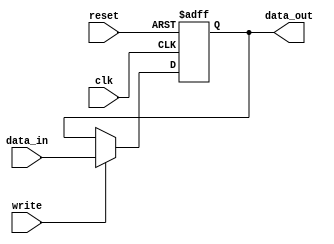
module dbg_register (
                      data_in, 
                      data_out, 
                      write, 
                      clk, 
                      reset
                    );


parameter WIDTH = 8; // default parameter of the register width
parameter RESET_VALUE = 0;


input   [WIDTH-1:0] data_in;
input               write;
input               clk;
input               reset;

output  [WIDTH-1:0] data_out;
reg     [WIDTH-1:0] data_out;



always @ (posedge clk or posedge reset)
begin
  if(reset)
    data_out[WIDTH-1:0] <= #1 RESET_VALUE;
  else if(write)
    data_out[WIDTH-1:0] <= #1 data_in[WIDTH-1:0];
end


endmodule